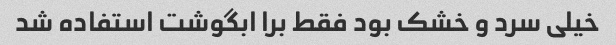
خیلی سرد و خشک بود فقط برا ابگوشت استفاده شد